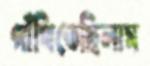
গাঁথিতেছিলাম